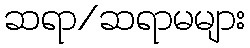
ဆရာ/ဆရာမများ